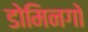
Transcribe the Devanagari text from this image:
डोमिनगो